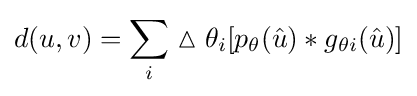
d(u,v)=\sum _{i}\vartriangle \theta _{i}[p_{\theta }({\hat {u}})*g_{\theta i}({\hat {u}})]